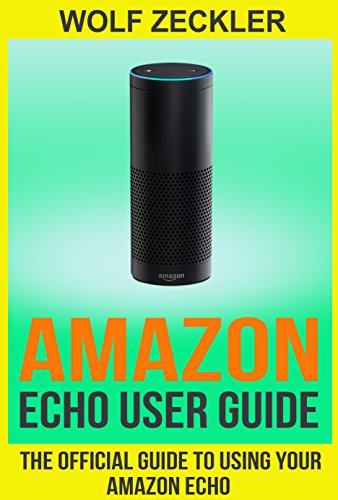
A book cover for AMAZON ECHO USER GUIDE: The Official User Guide For Using Your Amazon Echo ( technology mobile communication kindle alexa computer hardware) (Amazon Echo ... & Technology Ebooks Hardware & DYI); Wolf Zeckelr; Computers & Technology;